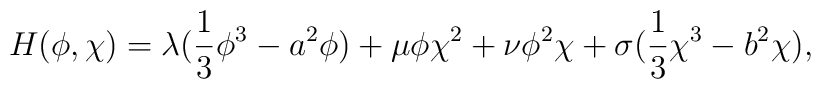
H(\phi,\chi)=\lambda(\frac{1}{3}\phi^3-a^2\phi) +\mu\phi\chi^2+\nu\phi^2\chi+ \sigma(\frac{1}{3}\chi^3-b^2\chi),